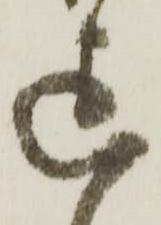
迄